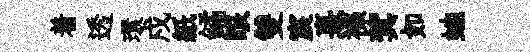
着透環戍紙鐍眼雙宸熹襍蓂如虵